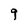
Character: 9